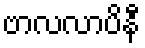
ဗာလလာပိနီ